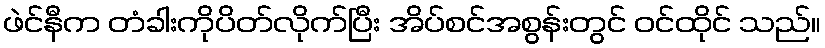
ဖဲင်နီက တံခါးကိုပိတ်လိုက်ပြီး အိပ်စင်အစွန်းတွင် ဝင်ထိုင် သည်။